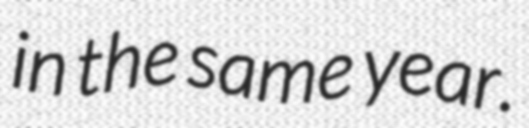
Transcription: in the same year.